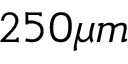
2 5 0 \mu m